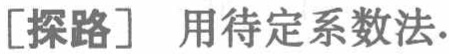
[探路] 用待定系数法.